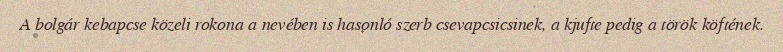
A bolgár kebapcse közeli rokona a nevében is hasonló szerb csevapcsicsinek, a kjufte pedig a török köftének.